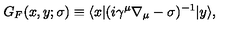
G _ { F } ( x , y ; \sigma ) \equiv \langle x | ( i \gamma ^ { \mu } \nabla _ { \mu } - \sigma ) ^ { - 1 } | y \rangle ,